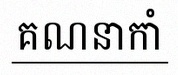
គណនាកាំ